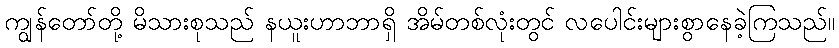
ကျွန်တော်တို့ မိသားစုသည် နယူးဟာဘာရှိ အိမ်တစ်လုံးတွင် လပေါင်းများစွာနေခဲ့ကြသည်။